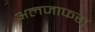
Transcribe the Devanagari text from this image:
अलजाफरा